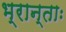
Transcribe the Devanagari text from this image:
भ्रान्ताः